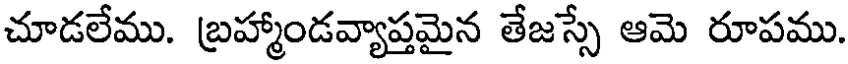
చూడలేము. బ్రహ్మాండవ్యాప్తమైన తేజస్సే ఆమె రూపము.